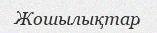
Жошылықтар